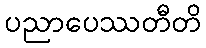
ပညာပေဿတီတိ